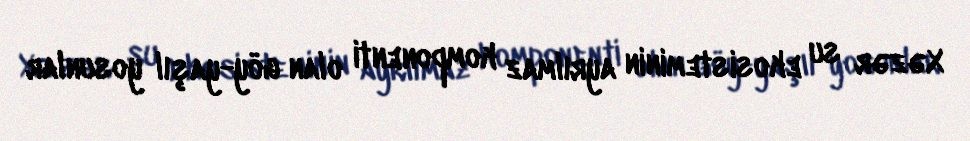
Xəzər su ekosisteminin ayrılmaz komponenti olan göy-yaşıl yosunlar